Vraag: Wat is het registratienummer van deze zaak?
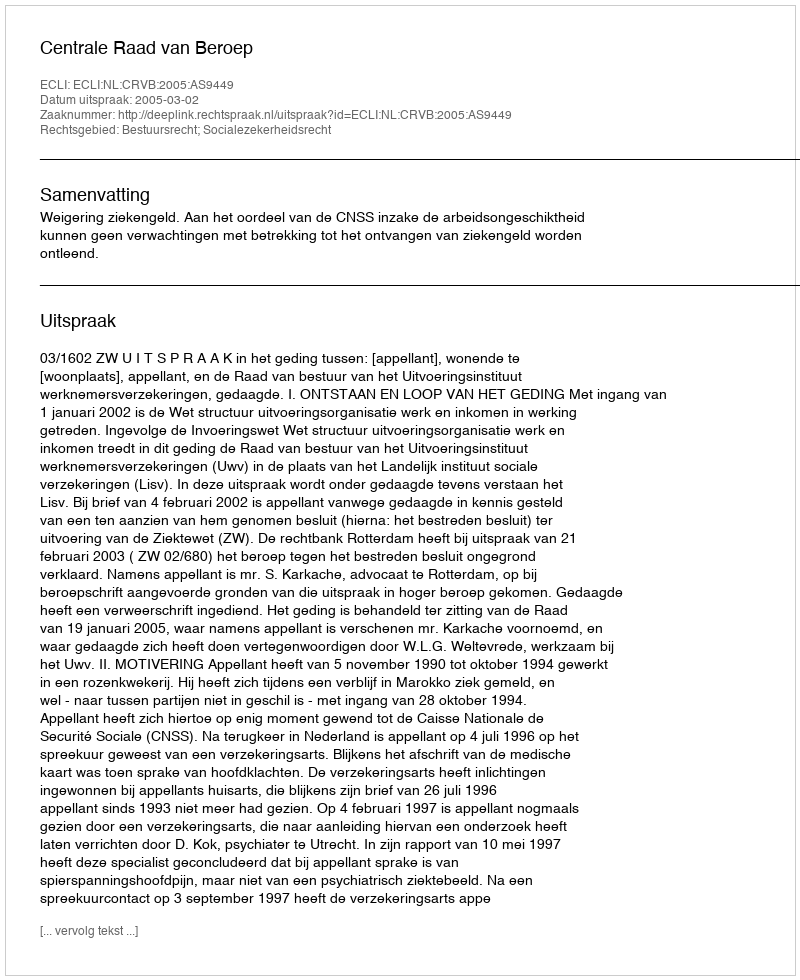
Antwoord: http://deeplink.rechtspraak.nl/uitspraak?id=ECLI:NL:CRVB:2005:AS9449